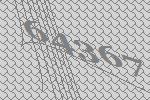
64367